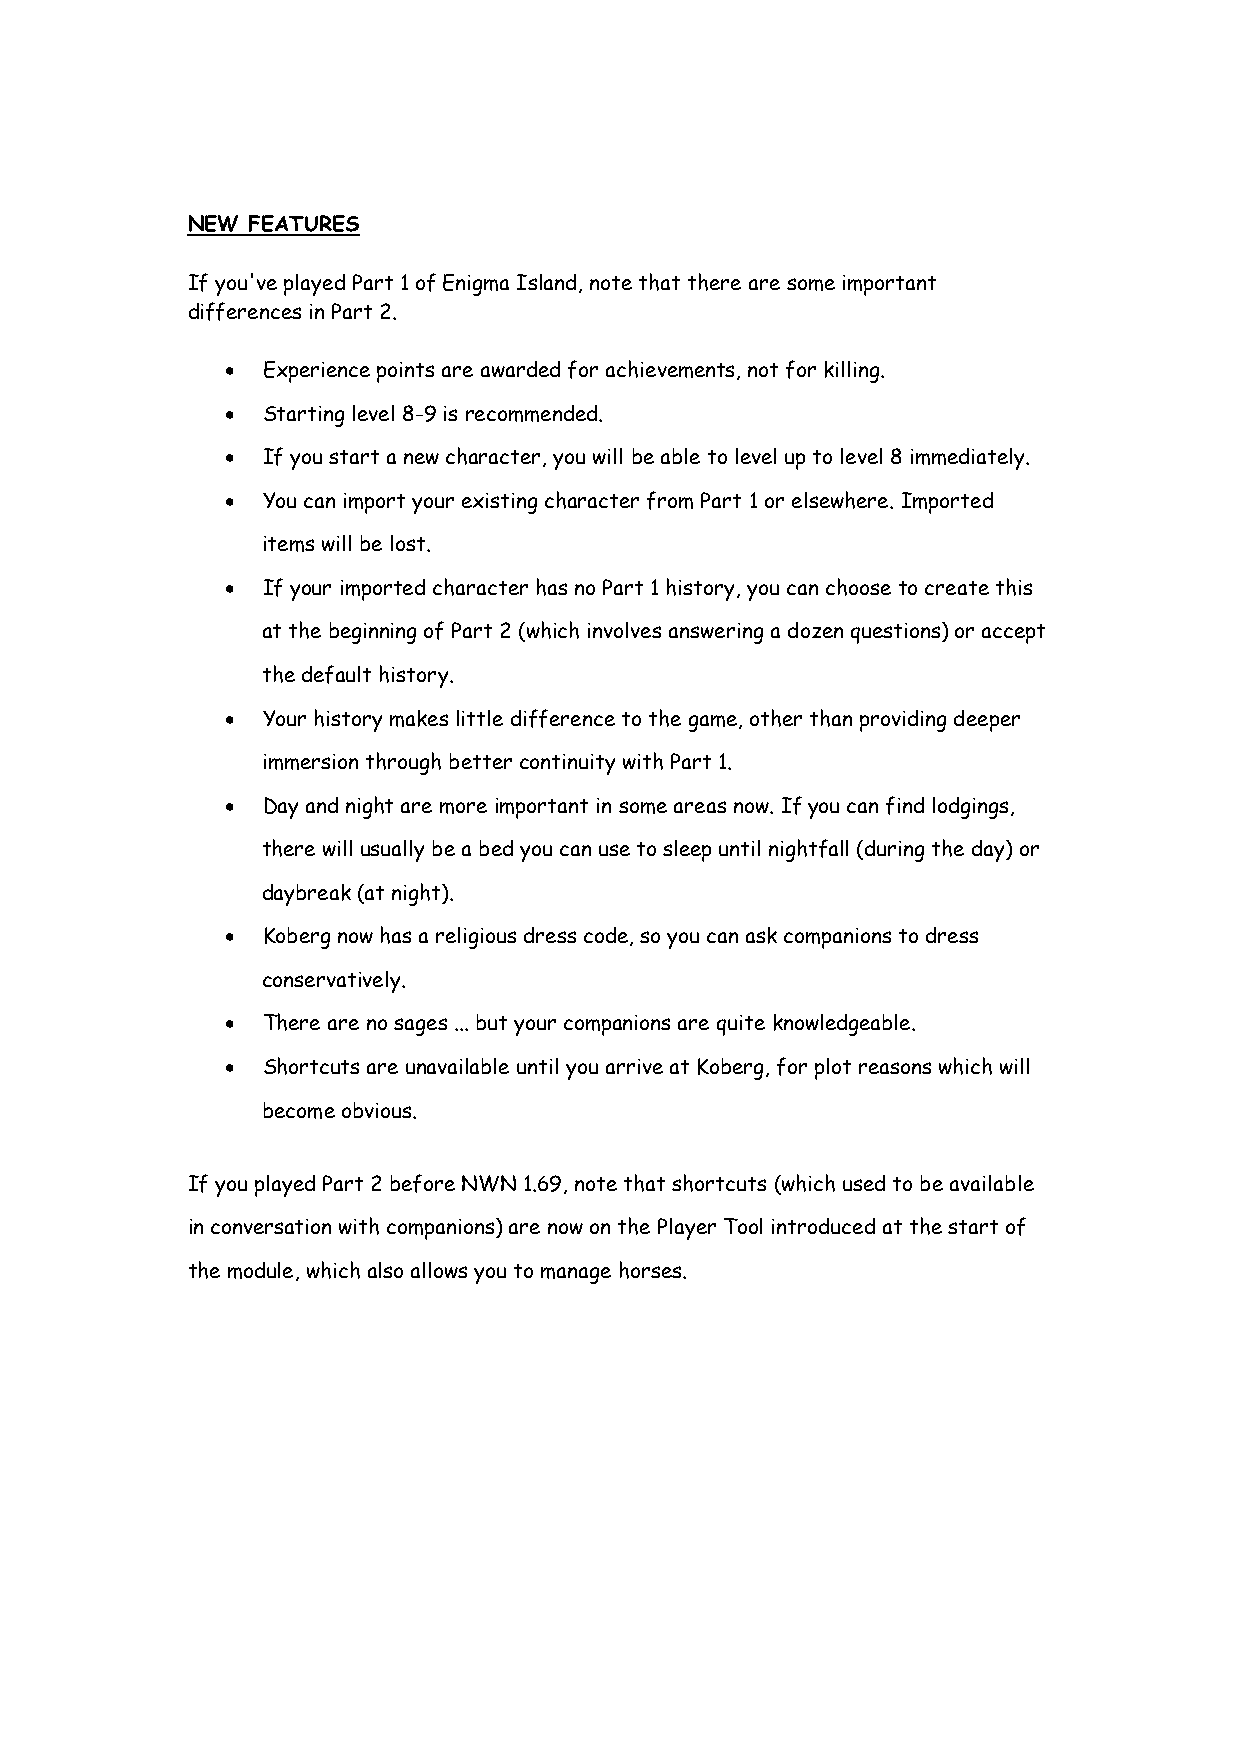
NEW FEATURES
 If you've played Part 1 of Enigma Island, note that there are some important
 differences in Part 2.
 • Experience points are awarded for achievements, not for killing.
 • Starting level 8-9 is recommended.
 • If you start a new character, you will be able to level up to level 8 immediately.
 • You can import your existing character from Part 1 or elsewhere. Imported
 items will be lost.
 • If your imported character has no Part 1 history, you can choose to create this
 at the beginning of Part 2 (which involves answering a dozen questions) or accept
 the default history.
 • Your history makes little difference to the game, other than providing deeper
 immersion through better continuity with Part 1.
 • Day and night are more important in some areas now. If you can find lodgings,
 there will usually be a bed you can use to sleep until nightfall (during the day) or
 daybreak (at night).
 • Koberg now has a religious dress code, so you can ask companions to dress
 conservatively.
 • There are no sages ... but your companions are quite knowledgeable.
 • Shortcuts are unavailable until you arrive at Koberg, for plot reasons which will
 become obvious.
 If you played Part 2 before NWN 1.69, note that shortcuts (which used to be available
 in conversation with companions) are now on the Player Tool introduced at the start of
 the module, which also allows you to manage horses.